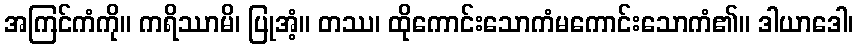
အကြင်ကံကို။ ကရိဿာမိ၊ ပြုအံ့။ တဿ၊ ထိုကောင်းသောကံမကောင်းသောကံ၏။ ဒါယာဒေါ၊